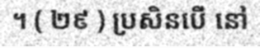
។ ( ២៩ ) ប្រសិនបើ នៅ